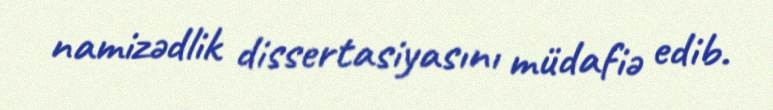
namizədlik dissertasiyasını müdafiə edib.